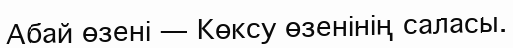
Абай өзені — Көксу өзенінің саласы.